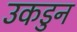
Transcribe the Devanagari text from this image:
उकडुन